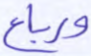
ورباع